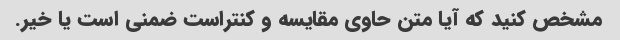
مشخص کنید که آیا متن حاوی مقایسه و کنتراست ضمنی است یا خیر.